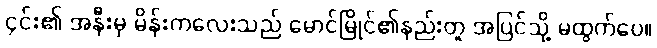
၄င်း၏ အနီးမှ မိန်းကလေးသည် မောင်မြိုင်၏နည်းတူ အပြင်သို့ မထွက်ပေ။